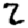
Digit: 2